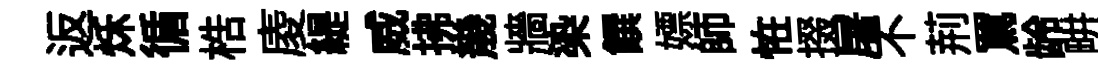
返秌循梏庱緹威拂㡬牆𣑱饌嫖師恠掇屠不荊罵龄畊